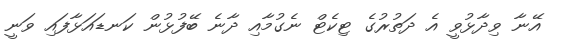
އޭނާ ވިދާޅުވީ އެ ދަތުރުގެ ޓިކެޓް ނެގުމާއި ދާނެ ބޭފުޅުން ކަނޑައަޅާފައި ވަނީ